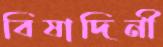
বিষাদিনী